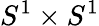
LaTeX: S^{1}\times S^{1}